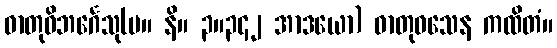
ဓာတုဝိဘင်္ဂေသု(မ။ နိ။ ၃။၃၄၂ အာဒယော) ဓာတုဝသေန ကထိတံ။